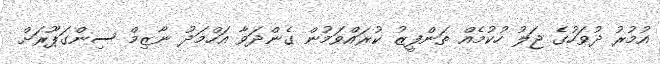
އުމުރު ދުވަހުގެ ޖަލު ހުކުމެއް ތަންފީޒު ކުރައްވަމުން ގެންދަވާ އަހްމަދު ނާޒިމް ސިންގަޕޫރަށް